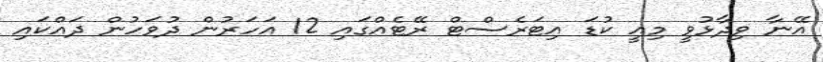
އޭނާ ވިދާޅުވީ މިއީ ކުޑަ އިޓަރެސްޓް ރޭޓެއްގައި 12 އަހަރުން ދުވަހުން ދައްކައި